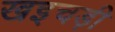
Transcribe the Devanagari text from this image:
खइचड़ी